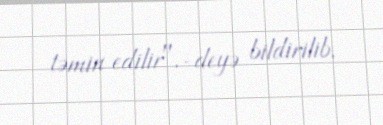
təmin edilir".-deyə bildirilib.